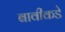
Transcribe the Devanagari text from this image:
बावीकडे